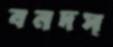
বনদস্